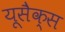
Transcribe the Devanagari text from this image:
यूसैक्स